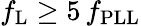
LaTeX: f_{\mathrm{L}}\geq 5\, f_{\mathrm{PLL}}